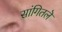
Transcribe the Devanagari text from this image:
सांगितलॆ